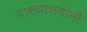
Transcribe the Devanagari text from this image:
पाश्च्यात्यांनी